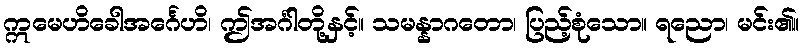
ဣမေဟိခေါအင်္ဂေဟိ၊ ဤအင်္ဂါတို့နှင့်။ သမန္နာဂတော၊ ပြည့်စုံသော။ ရညော၊ မင်း၏။